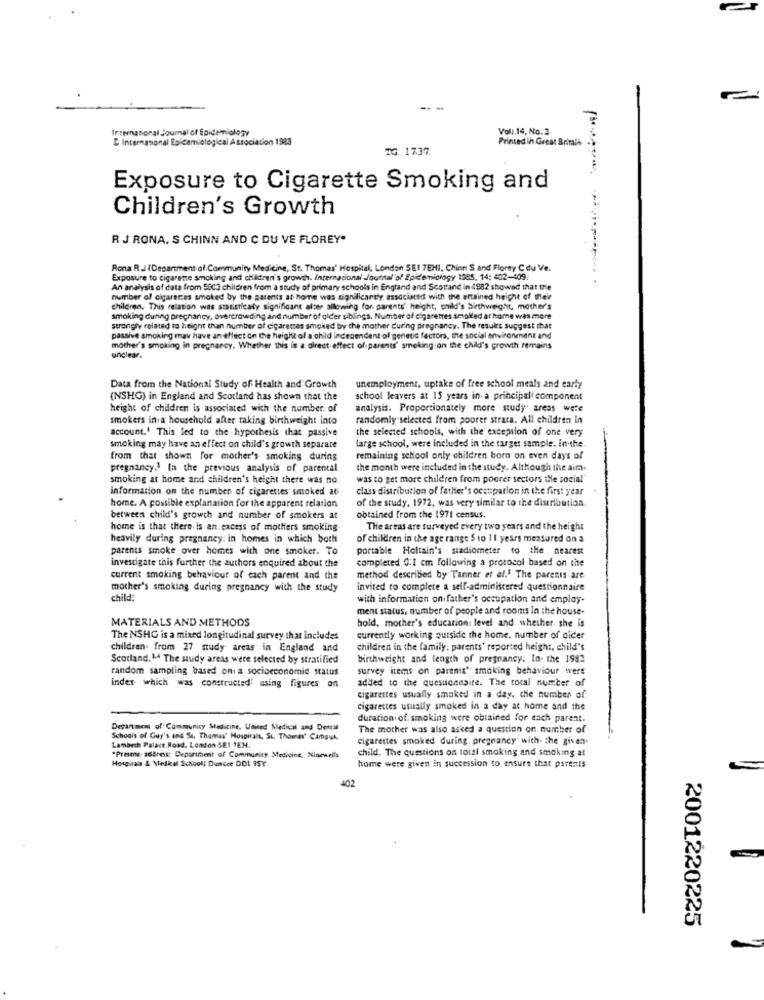
International Journal of Epidemiology
Vol.14, No. 3.
Internanonal Epidemiological Association 1983
Printed in Great Britain
IG 1737
Exposure to Cigarette Smoking and
Children's Growth
R J RONA. S CHINN AND C DU VE FLOREY"
Rona R .J (Department of.Community Medicine, St. Thomas' Hospital, London SEI 7EHI, Chien S and Florey C du Ve.
Exposure to cigarette smoking and children's growth. International Journal'of Epidemiology 1385, 14: 402-409;
An analysis of data from 58C3 children from a study of primary schools in England and Scottand in 1982 showad that the
number of cigarettes smoked by the parents at home was significantly, associated with the attained height of their
children. This relation was statisticaly significant alter allowing for parents' height, child's birthweight, mother's
smoking during pregnancy, overcrowding and number of older siblings. Number of cigarettes smoked at home was mere
strongly related to height than number of cigarettes smoked by the mother during pregnancy. The results suggest that
passive smoking may have an effect on the height of a child
Independent of genetic factors, the social environment and
mother's smoking in pregnancy. Whether this is a direct effect of parents' smoking on the child's growth remains
unclear.
Data from the National Study of Health and Growth
unemployment, uptake of free school meals and early
(NSHG) in England and Scotland has shown that the
school leavers at 15 years in. a principal component
height of children is associated with the number of
analysis. Proportionately more study" areas were
smokers in a household after making birthweight into
randomly selected from poorer strata. All children In
the selected schools, with the exception of one very
account.' This led to the hypothesis that passive
smoking may have an effect on child's growth separate
large school, were included in the target sample. in the
from that shown for mother's smoking during
remaining school only children born on even days of
pregnancy.1 In the previous analysis of parental
the month were included in the'study. Although the aim.
smoking at home and children's height there was no
was to get more children from poorer sectors the social"
information on the number of cigarettes smoked af
class distribution of father's occupation in the first year
of the study, 1972, was very similar to the distribution.
home. A possible explanation for the apparent relation
between child's growth and number of smokers at
obtained from the 1971 census.
home is that there is an. excess of mothers smoking
The areas are surveyed every two years and the height
heavily during pregnancy: in homes in which both
of children in the age range $ to 1 1 years measured on a
parents smoke over homes with one smoker. To
portable Holtain's stadiometer to the nearest
investigate this further the authors enquired about the
completed 0:1 cm following a protocol based on the
current smoking behaviour of each parent and the
method described by Tanner et al." The parents are
mother's smoking during pregnancy with the study
invited to complete a self-administered questionnaire
child:
with information on father's occupation and employ-
ment status, number of people and rooms In the house-
MATERIALS AND METHODS
hold, mother's education: level and whether. she is
The NSHG is a mixed longitudinal survey.that includes
currently working outside the home. number of aider
children. from 27 study areas in England and
children in the family; parents' reported height, child's
Scotland. 14 The study areas were selected by stratified
birthweight and length of pregnancy: In- the 1982
random sampling based on a socioeconomic status
survey items on parents' smoking behaviour wers
added to the questionnaire. The total number of
index which was constructed: using figures on
cigarettes usually smoked in a day, die number of
cigarettes usually smoked in a day at home and the
duration of. smoking were obtained for each parent.
Department of Community Medicine, United Medical and Dental
The mother was also asked a question on. number of
Schools of Guy's and St. Thomas' Hospitals, St. Thomas' CamguA.
Lambech Palace.Road, London SEI TEH.
cigarettes smoked during pregnancy with. the given.
child. The questions on total smoking and smoking at
*Presee- address: Department of Community, Medicine, Ninewells
Hospitals & Medical School| Duice DDI ISY.
home were given in succession to ensure that parents
402
2001220225